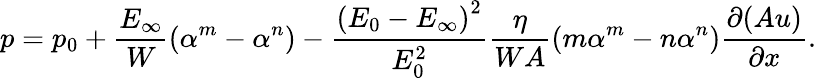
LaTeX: p=p_{0}+\frac{E_{\infty}}{W}\left(\alpha^{m}-\alpha^{n}\right)-\frac{\left(E_{0}-E_{\infty}\right)^{2}}{E_{0}^{2}}\frac{\eta}{WA}\left(m\alpha^{m}-n\alpha^{n}\right)\frac{\partial(Au)}{\partial x}.